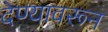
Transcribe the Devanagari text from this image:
देण्यावरून